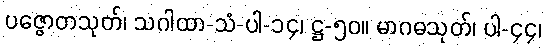
ပဇ္ဇောတသုတ်၊ သဂါထာ-သံ-ပါ-၁၄၊ ဋ္ဌ-၅၀။ မာဂဓသုတ်၊ ပါ-၄၄၊